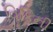
વિકિની